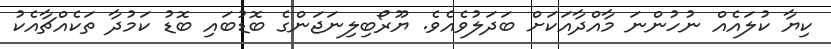
ކިޔާ ކުލައެއް ނުހުންނަ މާއްދާއަކަށް ބަދަލުވެއެވެ. ޔޫރޯބިލިނަޖަންގެ ބޮޑުބައި ބޮޑު ކަމުދާ ތަކެއްޗާއެކު